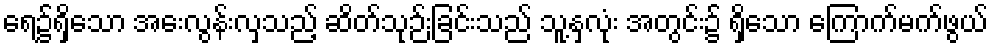
ရေ၌ရှိသော အေးလွန်းလှသည့် ဆိတ်သုဉ်းခြင်းသည် သူ့နှလုံး အတွင်း၌ ရှိသော ကြောက်မက်ဖွယ်